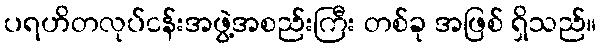
ပရဟိတလုပ်ငန်းအဖွဲ့အစည်းကြီး တစ်ခု အဖြစ် ရှိသည်။